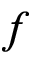
\b { f }